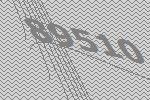
89510